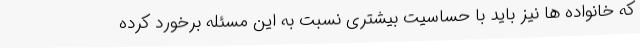
که خانواده ها نیز باید با حساسیت بیشتری نسبت به این مسئله برخورد کرده